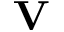
\mathbf { V }